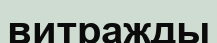
витражды